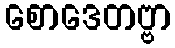
စောဒေတဗ္ဗာ